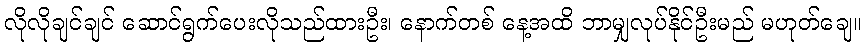
လိုလိုချင်ချင် ဆောင်ရွက်ပေးလိုသည်ထားဦး၊ နောက်တစ် နေ့အထိ ဘာမျှလုပ်နိုင်ဦးမည် မဟုတ်ချေ။